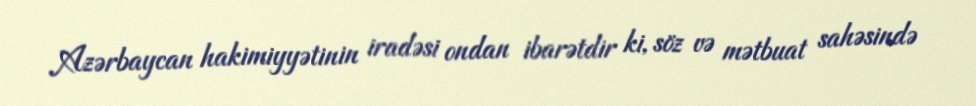
Azərbaycan hakimiyyətinin iradəsi ondan ibarətdir ki, söz və mətbuat sahəsində